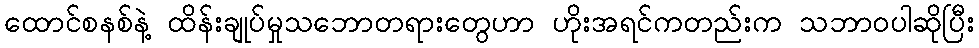
ထောင်စနစ်နဲ့ ထိန်းချုပ်မှုသဘောတရားတွေဟာ ဟိုးအရင်ကတည်းက သဘာဝပါဆိုပြီး